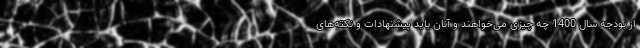
از بودجه سال 1400 چه چیزی می‌خواهند و آنان باید پیشنهادات و نکته‌های